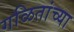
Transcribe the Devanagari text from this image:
गळितांच्या